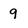
Character: g